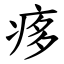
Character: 痑